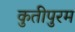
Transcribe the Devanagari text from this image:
कुतीपुरम